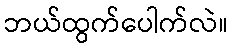
ဘယ်ထွက်ပေါက်လဲ။